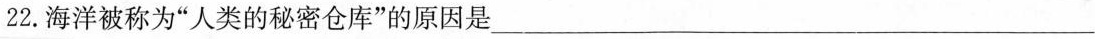
22.海洋被称为”人类的秘密仓库”的原因是___